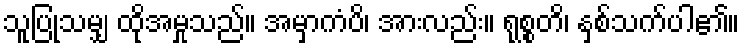
သူပြုသမျှ ထိုအမှုသည်။ အမှာကံပိ၊ အားလည်း။ ရုစ္စတိ၊ နှစ်သက်ပါ၏။